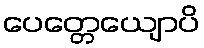
ပေတ္တေယျောပိ